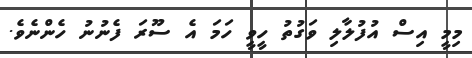
މިމީ އިސް އުފުލާލި ވަގުތު ހީވީ ހަމަ އެ ސޫރަ ފެނުނު ހެންނެވެ.